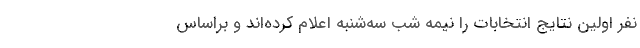
نفر اولین نتایج انتخابات را نیمه شب سه‌شنبه اعلام کرده‌اند و براساس